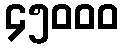
၄၅၀၀၀